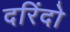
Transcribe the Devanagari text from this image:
दरिंदो